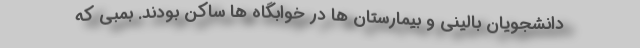
دانشجویان بالینی و بیمارستان ها در خوابگاه ها ساکن بودند. بمبی که